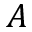
\cal A